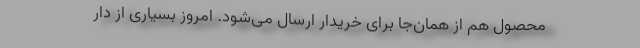
محصول هم از همان‌جا برای خریدار ارسال می‌شود. امروز بسیاری از دار